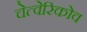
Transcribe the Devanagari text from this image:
चेत्वेरिकोव